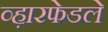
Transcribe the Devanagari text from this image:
व्ह़ारफेडले